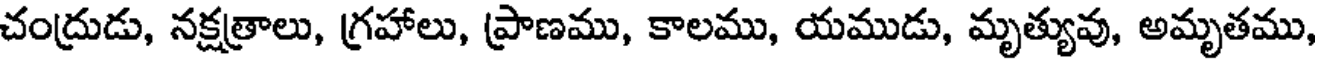
చంద్రుడు, నక్షత్రాలు, గ్రహాలు, ప్రాణము, కాలము, యముడు, మృత్యువు, అమృతము,